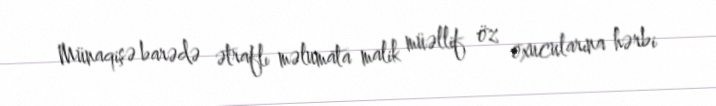
Münaqişə barədə ətraflı məlumata malik müəllif öz oxucularına hərbi